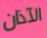
الآذان